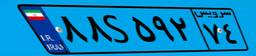
۰۱S۸۱۳۴۴